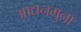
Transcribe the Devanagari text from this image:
आद्यनमुना